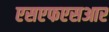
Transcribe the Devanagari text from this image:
एसएफएसआर